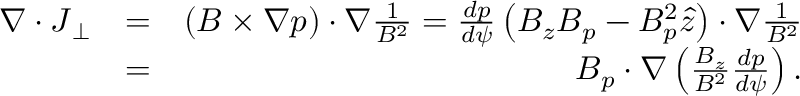
\begin{array} { r l r } { \nabla \cdot \boldsymbol { J } _ { \perp } } & { = } & { \left( \boldsymbol { B } \times \nabla p \right) \cdot \nabla \frac { 1 } { B ^ { 2 } } = \frac { d p } { d \psi } \left( B _ { z } \boldsymbol { B } _ { p } - B _ { p } ^ { 2 } \boldsymbol { \hat { z } } \right) \cdot \nabla \frac { 1 } { B ^ { 2 } } } \\ & { = } & { \boldsymbol { B } _ { p } \cdot \nabla \left( \frac { B _ { z } } { B ^ { 2 } } \frac { d p } { d \psi } \right) . } \end{array}